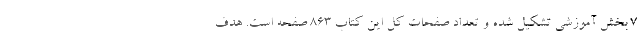
7 بخش آموزشی تشکیل شده و تعداد صفحات کل این کتاب 863 صفحه است. هدف